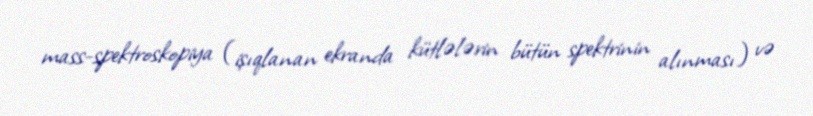
mass-spektroskopiya (işıqlanan ekranda kütlələrin bütün spektrinin alınması) və